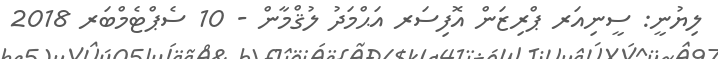
ލިޔުނީ: ސީނިއަރ ޕްރިޒަން އޮފިސަރ އަޙްމަދު ލުޤްމާން - 10 ސެޕްޓެމްބަރ 2018